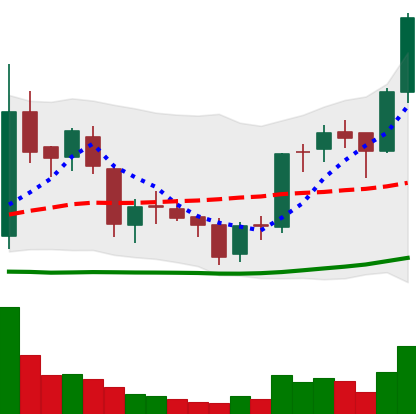
Ticker: BNB-USD
Chart end date: 2018-06-06
Forward return: -10.807%
Label: down_7plus